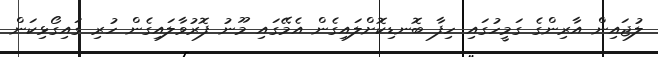
ލުޖައިން އާރިންގެ ގަމީހުގައި ހިފާ ބޮނޑިކޮށްލައިގެން އެމޭގައި މޫނު ފޮރުވާލައިގެން ހުރި ގައިގޯޅިކަން